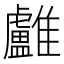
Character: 𩁨